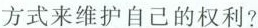
方式来维护自己的权利?